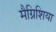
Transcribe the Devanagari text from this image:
मैग्निशिया